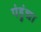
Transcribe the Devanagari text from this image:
पंहुंचा